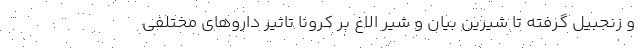
و زنجبیل گرفته تا شیرین بیان و شیر الاغ بر کرونا تاثیر داروهای مختلفی